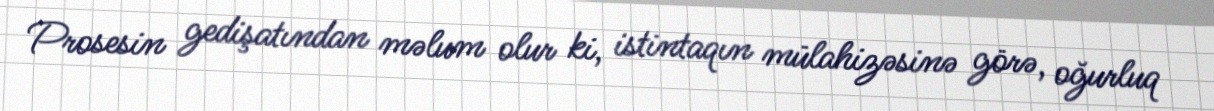
Prosesin gedişatından məlum olur ki, istintaqın mülahizəsinə görə, oğurluq